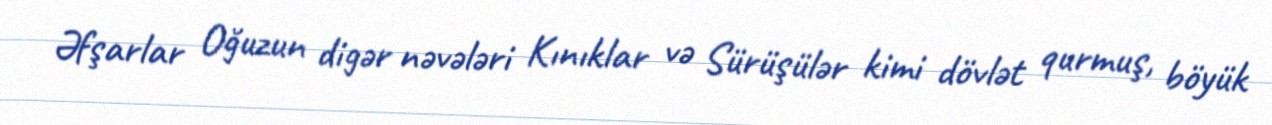
Əfşarlar Oğuzun digər nəvələri Kınıklar və Sürüşülər kimi dövlət qurmuş, böyük